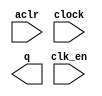
module lpm_counter_1bit_en (
	aclr,
	clk_en,
	clock,
	q);

	input	  aclr;
	input	  clk_en;
	input	  clock;
	output	[0:0]  q;

endmodule